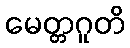
မေတ္တဂူတိ